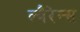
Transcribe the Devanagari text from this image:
ल्वैरेन्स